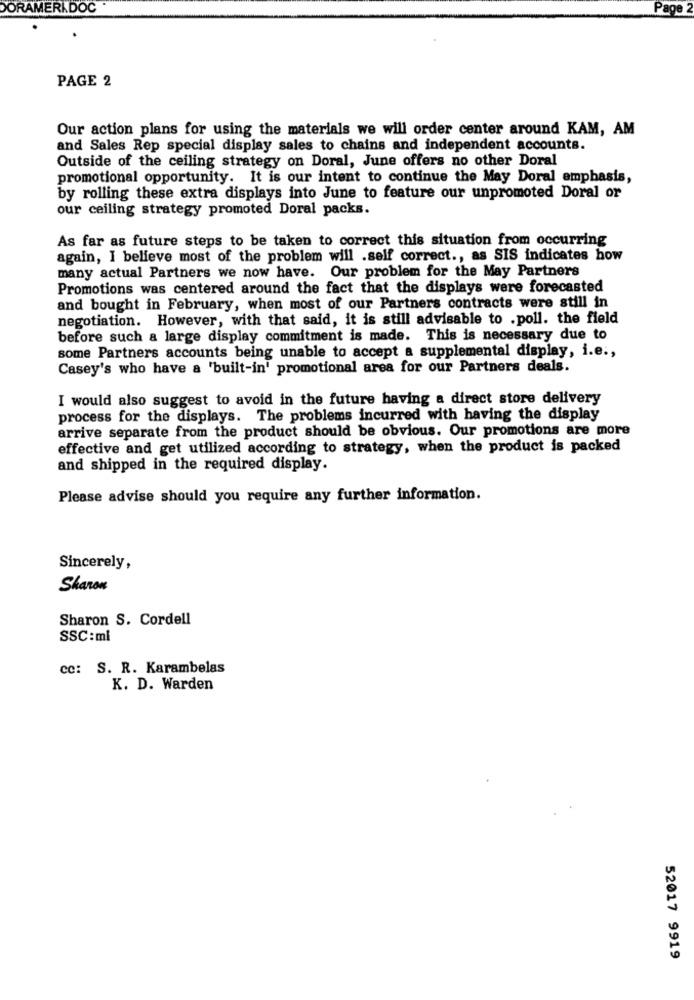
DORAMERKDOC
Page
PAGE 2
Our action plans for using the materials we will order center around KAM, AM
and Sales Rep special display sales to chains and independent accounts.
Outside of the ceiling strategy on Doral, June offers no other Doral
promotional opportunity. It is our intent to continue the May Doral emphasis,
by rolling these extra displays into June to feature our unpromoted Doral or
our ceiling strategy promoted Doral packs.
As far as future steps to be taken to correct this situation from occurring
again, I believe most of the problem will .self correct ., as SIS indicates how
many actual Partners we now have. Our problem for the May Partners
Promotions was centered around the fact that the displays were forecasted
and bought in February, when most of our Partners contracts were still in
negotiation. However, with that said, it is still advisable to .poll. the field
before such a large display commitment is made. This is necessary due to
some Partners accounts being unable to accept a supplemental display, i.e .,
Casey's who have a 'built-in' promotional area for our Partners deals.
I would also suggest to avoid in the future having a direct store delivery
process for the displays. The problems incurred with having the display
arrive separate from the product should be obvious. Our promotions are more
effective and get utilized according to strategy, when the product is packed
and shipped in the required display.
Please advise should you require any further information.
Sincerely,
Sharon
Sharon S. Cordell
SSC:ml
cc: S. R. Karambelas
K. D. Warden
52017 9919